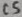
Text: C4